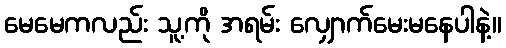
မေမေကလည်း သူ့ကို အရမ်း လျှောက်မေးမနေပါနဲ့။